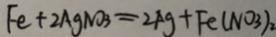
F e + 2 A g N O _ { 3 } = 2 A g + F e ( N O _ { 3 } ) _ { 2 }